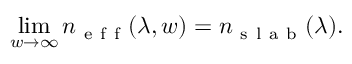
\operatorname* { l i m } _ { w \to \infty } n _ { \mathrm { ~ e ~ f ~ f ~ } } ( \lambda , w ) = n _ { \mathrm { ~ s ~ l ~ a ~ b ~ } } ( \lambda ) .